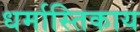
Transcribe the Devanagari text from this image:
धर्मास्तिकाय